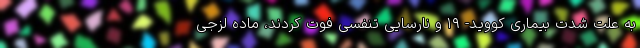
به علت شدت بیماری کووید- ۱۹ و نارسایی تنفسی فوت کردند، ماده لزجی